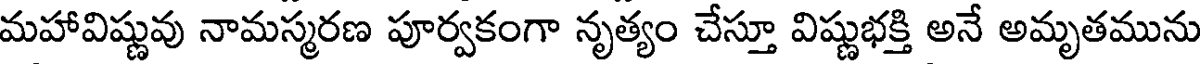
మహావిష్ణువు నామస్మరణ పూర్వకంగా నృత్యం చేస్తూ విష్ణుభక్తి అనే అమృతమును